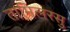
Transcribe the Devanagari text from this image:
तामिलरसु